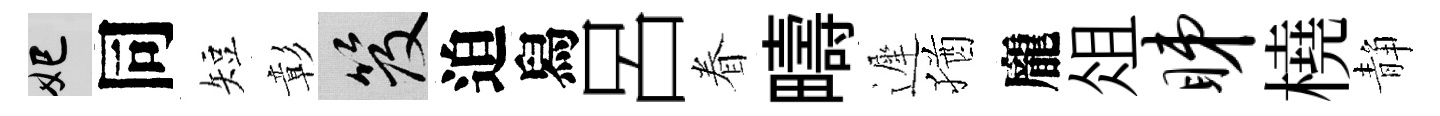
妃同短彰笈迫舄呂眷疇遲猶龐俎睇橈静